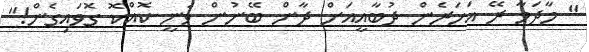
" މާދަމާ ރޭ އަހަރެން ދުބާއީއަށް ދާން ބޭނުން ވަނީ ކޮއްކޮ ގޮވައިގެން!"